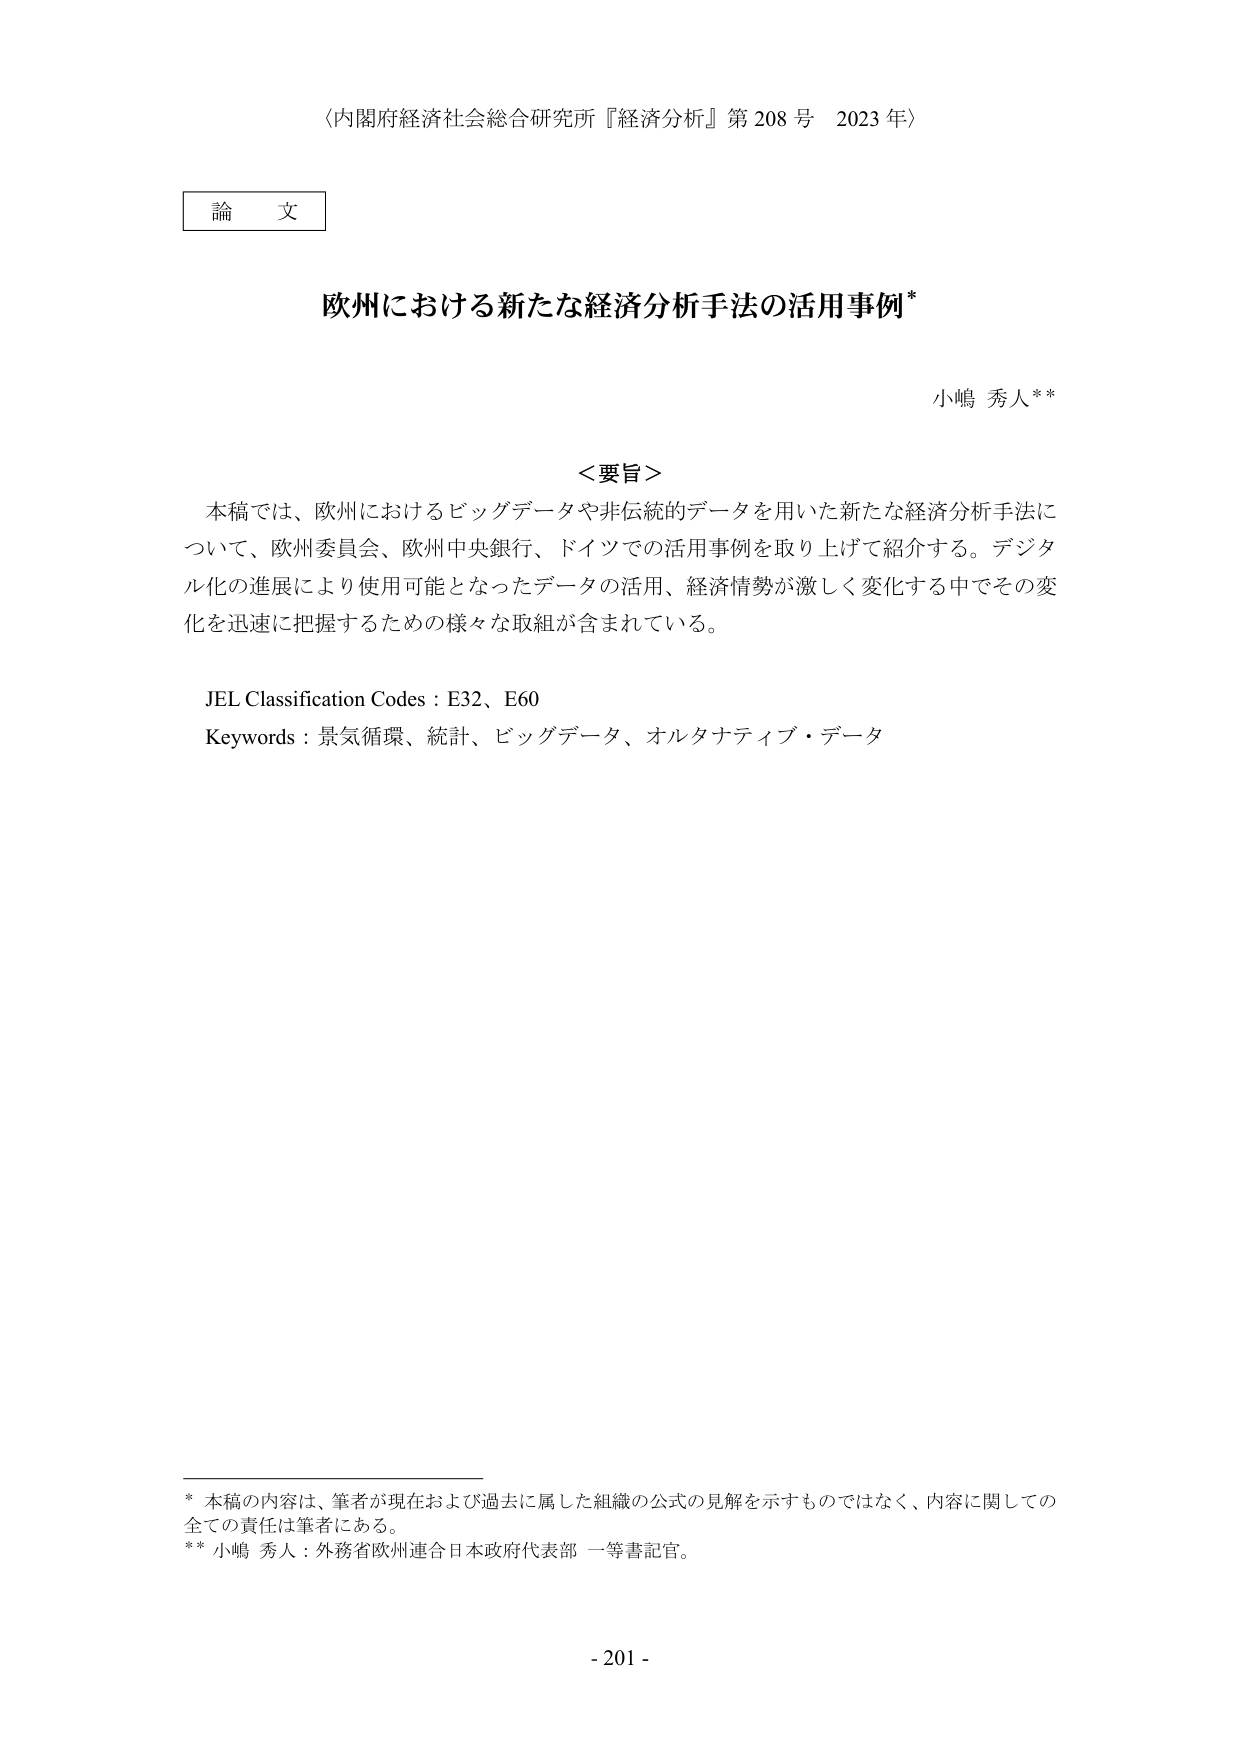
〈内閣府経済社会総合研究所『経済分析』第208号 2023年〉

論文

欧州における新たな経済分析手法の活用事例*

小嶋 秀人**

＜要旨＞
本稿では、欧州におけるビッグデータや非伝統的データを用いた新たな経済分析手法について、欧州委員会、欧州中央銀行、ドイツでの活用事例を取り上げて紹介する。デジタル化の進展により使用可能となったデータの活用、経済情勢が激しく変化する中でその変化を迅速に把握するための様々な取組が含まれている。

JEL Classification Codes：E32、E60
Keywords：景気循環、統計、ビッグデータ、オルタナティブ・データ

* 本稿の内容は、筆者が現在および過去に属した組織の公式の見解を示すものではなく、内容に関しての全ての責任は筆者にある。
** 小嶋 秀人：外務省欧州連合日本政府代表部 一等書記官。

- 201 -